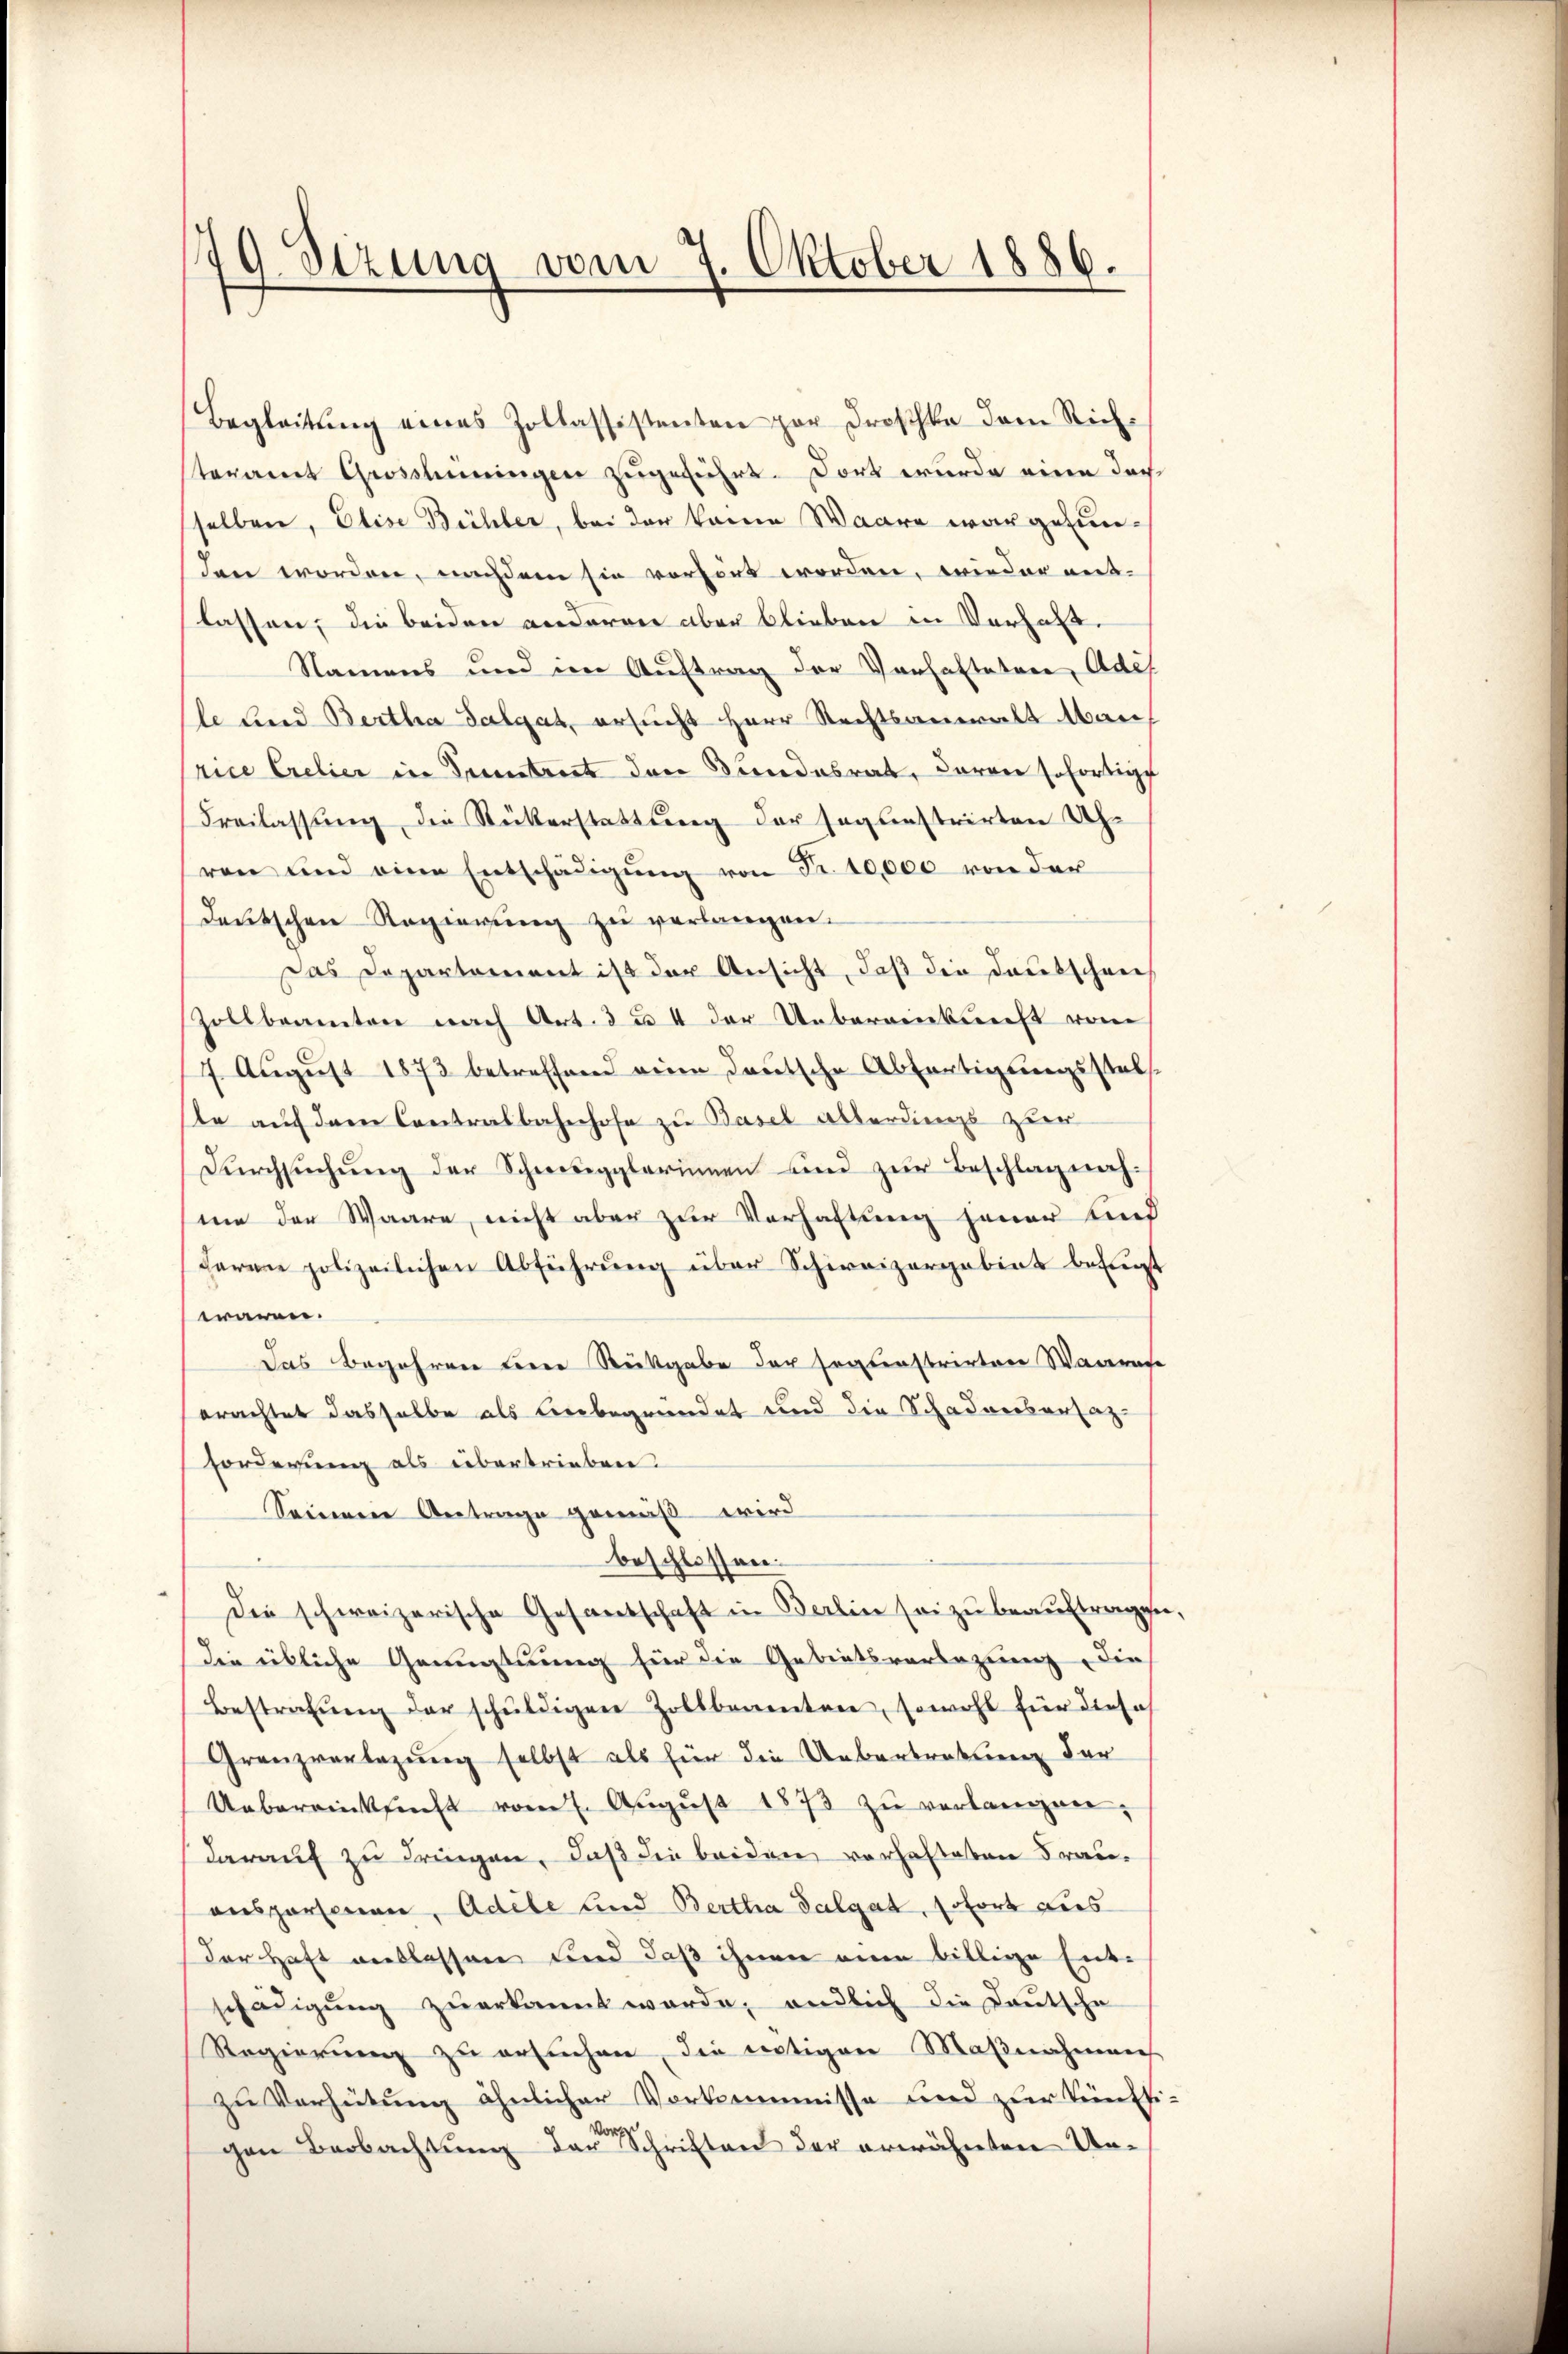
179 Sizung vom 7. Oktober 1886.

Begleitung eines Zollassistenten zur Droschka dem Richteramt Grosshiningen zugeführt. Dort wurde eine doch
selben, Elise Bühler, bei der keine Waare war gefunden worden, nachdem sie verhört worden, wieder ent-
lassen, die beiden anderen aber blieben in Verhalt.
Namens und im Auftrag der Verhafteten, Adel
le lind Bertha Salgat, ersucht Herr Rechtsanwalt Marrice Crelier in Pruntrut den Bundesrat, daran sofortige
Freilassung die Rückerstattung der sagenstrirten Uhren und eine Entschädigŭng von Fr. 10,000 von der
deŭtschen Regierŭng zŭ verlangen.
Das Departement ist der Ansicht, daß die Deutschen
Zollbeamten nach Art. 3 u. 4 der Uebereinkunft vom
7. August 1873 betreffend eine deutsche Abfertigungsstabsste auf dem Contralbahnhofe zu Basel allerdings zur
Dŭrchsŭchŭng der Schwiegglerinnen und zŭr Beschlag nach-
me der Waare, nicht aber zur Verhaftung jener Lind
farre polizeilichen Abführung über Schweizergebiet befugt
wären.
Das Begehren derer Rückgabe der sogenstrirten Waares
erachtet dasselbe als Unbegründet und die Schadnersansaz-
Forderung als übertrieben.
Seineren Antrage gemäß wird
beschlossen:
Die schweizerische Gesandschaft in Berlin sei zu beauftragen,
die übliche Genugtuung für die Gebietsvorlegung dies
Bestrafŭng der schŭldigen Zollbarenten, sowohl für dieses
Granzverlegung selbst als für die Uebertretung der
Uebereinksucht vom 1. August 1873 zu verlangen,
darauf zu dringen, daß die beiden vorhalteten Frauonspersonen, Adele und Bertha Sulgat, sofort dies
der Haft auslassen und daß ihnen ein billige Entschädigŭng zŭerkannt werde, endlich die Deutsche
Regierung zu ersuchen, die nötigen Maßnahmens
zu Verhütung ähnlicher Vorkommisse und zur künftigen Beobachtung der Schriften der erwähnten Un¬